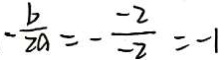
- \frac { b } { 2 a } = - \frac { - 2 } { - 2 } = - 1